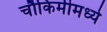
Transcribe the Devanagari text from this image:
चौकिमीमध्ये